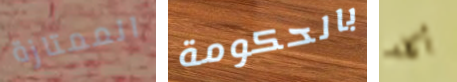
الممتازة بالحكومة أكله